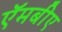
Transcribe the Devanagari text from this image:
ऍमबीए